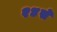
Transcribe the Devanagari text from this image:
२४से